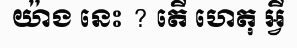
យ៉ាង នេះ ? តើ ហេតុ អ្វី